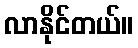
လာနိုင်တယ်။